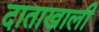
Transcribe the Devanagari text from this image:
दाताखाली